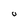
Character: 0